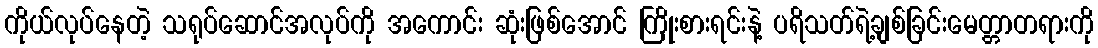
ကိုယ်လုပ်နေတဲ့ သရုပ်ဆောင်အလုပ်ကို အကောင်း ဆုံးဖြစ်အောင် ကြိုးစားရင်းနဲ့ ပရိသတ်ရဲ့ချစ်ခြင်းမေတ္တာတရားကို